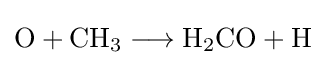
{\mathrm {O} {}+{}\mathrm {CH} {\vphantom {A}}_{\smash[{t}]{3}}{}\mathrel {\longrightarrow } {}\mathrm {H} {\vphantom {A}}_{\smash[{t}]{2}}\mathrm {CO} {}+{}\mathrm {H} }